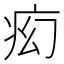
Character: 𬏠